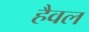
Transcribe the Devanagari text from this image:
हैवल